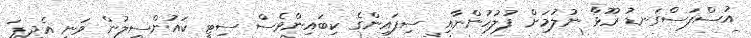
އުސްފަސްގަނޑު ރޫޅާ ނުލުމަށް ފުލުހުންނާއި ސިފައިންގެ ކިބައިންވެސް ސިޓީ ކައުންސިލުން ވަނީ އެދިފަ